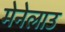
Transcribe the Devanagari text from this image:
मेनेलाउ